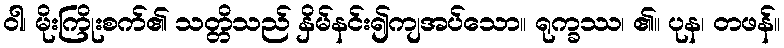
ဝါ၊ မိုးကြိုးစက်၏ သတ္တိသည် နှိမ်နင်း၍ကျအပ်သော။ ရုက္ခဿ၊ ၏။ ပုန၊ တဖန်။